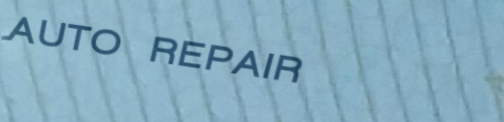
AUTO REPAIR